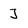
Character: J